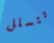
تتسلل